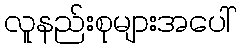
လူနည်းစုများအပေါ်